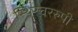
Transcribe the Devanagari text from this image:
स्थिरचररुपी